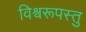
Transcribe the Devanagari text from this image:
विश्वरूपस्तु